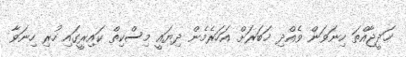
ޚަދީޖާއްތަ ހިނަވަން ވެއްދި ޚަބަރަށް އަހަރެމެން ދިޔައީ މިސްކިތް ކައިރީގައި ހުރި ހިނަވާ